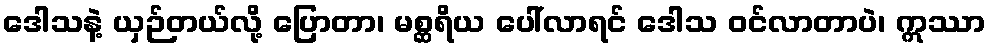
ဒေါသနဲ့ ယှဉ်တယ်လို့ ပြောတာ၊ မစ္ဆရိယ ပေါ်လာရင် ဒေါသ ဝင်လာတာပဲ၊ ဣဿာ